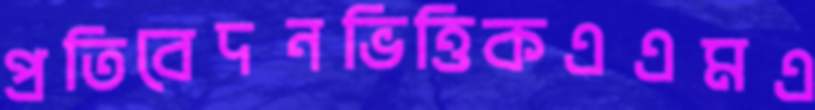
প্রতিবেদনভিত্তিকএএমএ